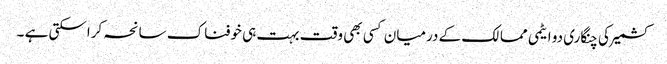
کشمیر کی چنگاری دو ایٹمی ممالک کے درمیان کسی بھی وقت بہت ہی خوفناک سانحہ کراسکتی ہے ۔